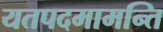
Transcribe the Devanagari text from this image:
यतपदमामन्ति